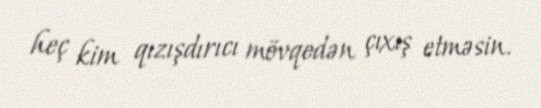
heç kim qızışdırıcı mövqedən çıxış etməsin.